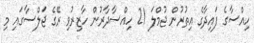
ހިއްސާގެ ފައިދާގެ އިތުރުން ޖުމްލަ 21 ހިއްސާދާރުން ހާޒިރުވި ރޭގެ ޖަލްސާގައި މި